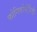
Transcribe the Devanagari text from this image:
फोनिकोप्टेरिडी